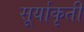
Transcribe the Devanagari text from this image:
सूर्याकृती